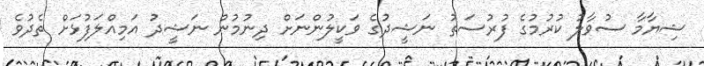
ޝިޔާމާ ސުވާލު ކުރުމުގެ ފުރުސަތު ނަޝީދުގެ ވަކީލުންނަށް ދިނުމުން ނަޝީދު އަމިއްލަފުޅަށް ތެދުވެ